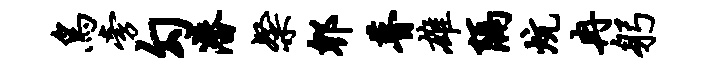
鸟旁勾潜粲郫瞢雄隔炕冉躬